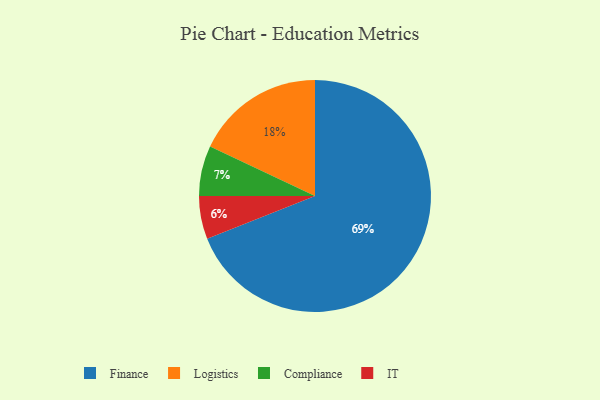
{"axis": {"x": "Category", "y": "Percentage"}, "legend": ["Compliance", "Finance", "IT", "Logistics"], "data": [{"x": "Logistics", "y": 18, "type": "Logistics"}, {"x": "IT", "y": 6, "type": "IT"}, {"x": "Compliance", "y": 7, "type": "Compliance"}, {"x": "Finance", "y": 69, "type": "Finance"}]}